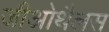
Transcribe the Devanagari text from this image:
जीओथैलस